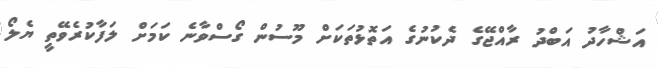
އަޝްހާދު އަބްދު ރާއްޖޭގެ ދެކުނުގެ އަތޮޅުތަކަށް މޫސުން ގޯސްވާނެ ކަމަށް ލަފާކުރެވޭތީ ޔެލޯ